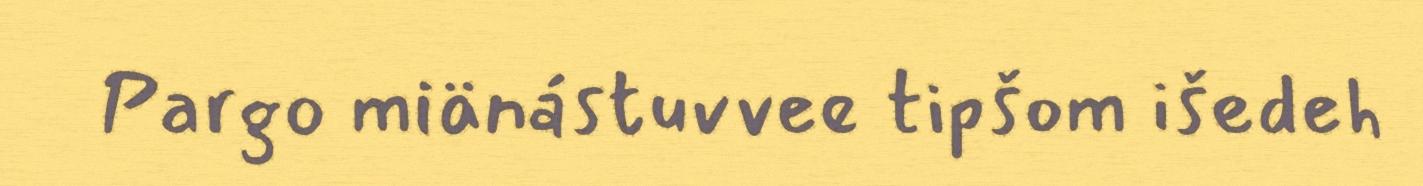
Pargo miänástuvvee tipšom išedeh